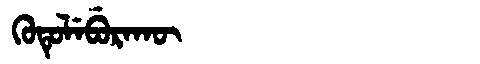
Manchu: ᡴᡠᡨᡠᠯᡝᠪᡠᡵᠠᡴᡡ
Romanization: KUTULEBURAKŪ